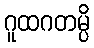
ဂူထဂတမ္ပိ